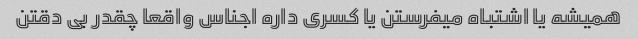
همیشه یا اشتباه میفرستن یا کسری داره اجناس واقعا چقدر بی دقتن